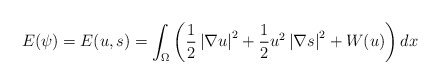
\begin{align*}E(\psi )=E(u,s)=\int \nolimits_{\Omega }\left( \frac{1}{2}\left \vert\nabla u\right \vert ^{2}+\frac{1}{2}u^{2}\left \vert \nabla s\right \vert^{2}+W(u)\right) dx \end{align*}